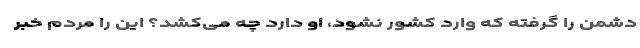
دشمن را گرفته که وارد کشور نشود، او دارد چه می‌کشد؟ این را مردم خبر